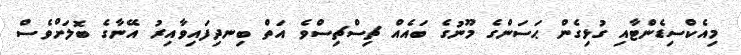
މިއެކްސިޑެންޓާއި ގުޅިގެން ޙަސަންގެ މޫނުގެ ބައެއް ޗިސްޗިސްވެ އަތް ބިނދިފައިވާއިރު އޭނާގެ ބޮލަށްވެސް